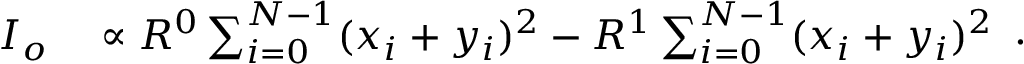
\begin{array} { r l } { I _ { o } } & { { } \propto R ^ { 0 } \sum _ { i = 0 } ^ { N - 1 } ( x _ { i } + y _ { i } ) ^ { 2 } - R ^ { 1 } \sum _ { i = 0 } ^ { N - 1 } ( x _ { i } + y _ { i } ) ^ { 2 } } \end{array} .